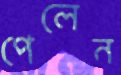
পেলেন